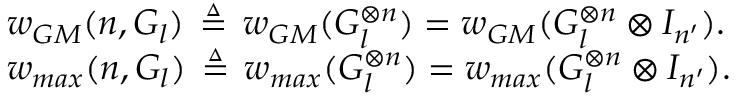
\begin{array} { r l } & { w _ { G M } ( n , G _ { l } ) \, \triangleq \, w _ { G M } ( G _ { l } ^ { \otimes n } ) = w _ { G M } ( G _ { l } ^ { \otimes n } \otimes I _ { n ^ { \prime } } ) . } \\ & { w _ { m a x } ( n , G _ { l } ) \, \triangleq \, w _ { m a x } ( G _ { l } ^ { \otimes n } ) = w _ { m a x } ( G _ { l } ^ { \otimes n } \otimes I _ { n ^ { \prime } } ) . } \end{array}